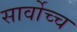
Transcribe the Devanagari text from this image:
सार्वोच्च